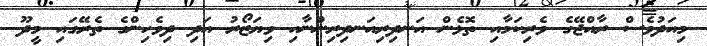
މިއަދުވެސް ރާއްޖޭގެ ވެރިކަމާއި ތޮޅެން އަނދިރިއަނދިރިންނާއި ވިޔަޒޯރު އަދި ދިވެހިންގެ ތެރޭގައި މީދޫ